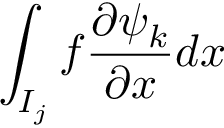
\int _ { I _ { j } } f \frac { \partial \psi _ { k } } { \partial x } d x